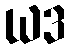
ယဒ